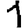
Digit: 1